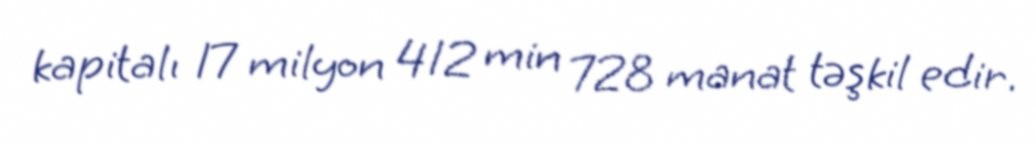
kapitalı 17 milyon 412 min 728 manat təşkil edir.